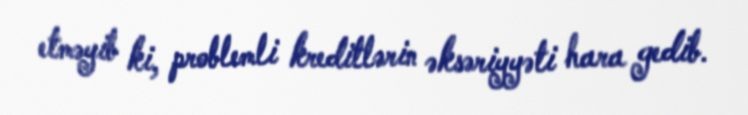
etməyib ki, problemli kreditlərin əksəriyyəti hara gedib.